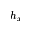
h _ { x }